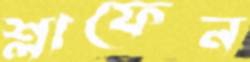
শ্লাফেন